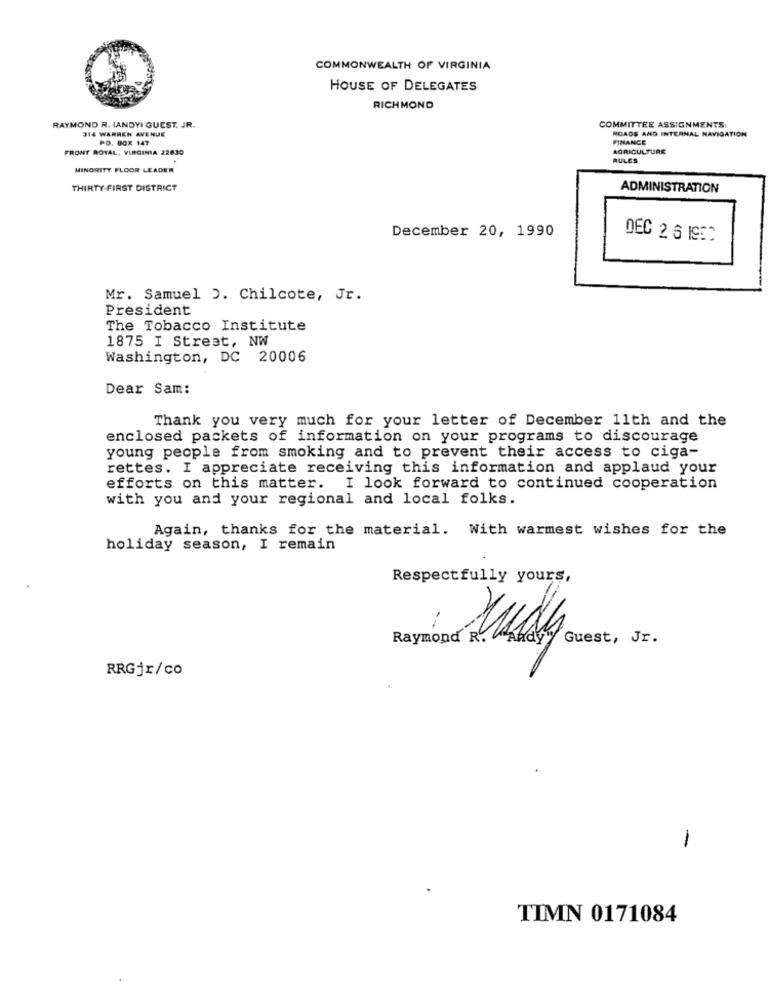
COMMONWEALTH OF VIRGINIA
HOUSE OF DELEGATES
RICHMOND
RAYMOND R. IANDYI GUEST. JR.
314 WARREN AVENUE
COMMITTEE ASSIGNMENTS:
ROADS AND INTERNAL NAVIGATION
PO. BOX 147
FINANCE
FRONT ROYAL, VIRGINIA 22630
AGRICULTURE
RULES
MINORITY FLOOR LEADER
THIRTY-FIRST DISTRICT
ADMINISTRATION
December 20, 1990
DEC 2 6 ISSO
Mr. Samuel ). Chilcote, Jr.
President
The Tobacco Institute
1875 I Street, NW
Washington, DC 20006
Dear Sam:
Thank you very much for your letter of December 11th and the
enclosed packets of information on your programs to discourage
young people from smoking and to prevent their access to ciga-
rettes. I appreciate receiving this information and applaud your
efforts on this matter. I look forward to continued cooperation
with you and your regional and local folks.
Again, thanks for the material. With warmest wishes for the
holiday season, I remain
Respectfully yours,
Raymond R
Guest, Jr.
RRGjr/co
-
TIMN 0171084